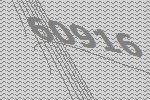
60916